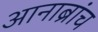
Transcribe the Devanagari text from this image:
आनाब्रांच